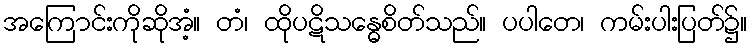
အကြောင်းကိုဆိုအံ့။ တံ၊ ထိုပဋိသန္ဓေစိတ်သည်။ ပပါတေ၊ ကမ်းပါးပြတ်၌။